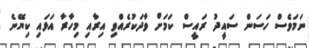
ނަމަވެސް ހަސަން ސައީދު ރައީސް ކަމަށް ވާދަކުރެއްވި އިރާއި މިހާރާ އަޅައި ކިޔޭނެ